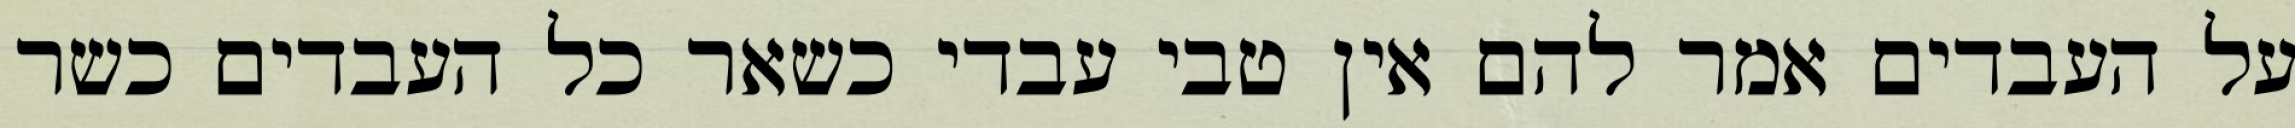
על העבדים אמר להם אין טבי עבדי כשאר כל העבדים כשר